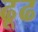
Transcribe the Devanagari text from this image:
ढूढ